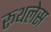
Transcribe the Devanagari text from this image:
रूथलेस